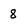
Character: 8